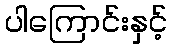
ပါကြောင်းနှင့်